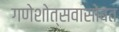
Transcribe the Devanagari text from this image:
गणेशोत्सवासोबत